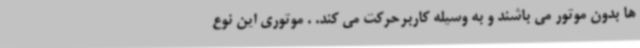
ها بدون موتور می باشند و به وسیله کاربرحرکت می کند. . موتوری این نوع